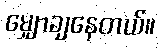
မျှောချနေတယ်။